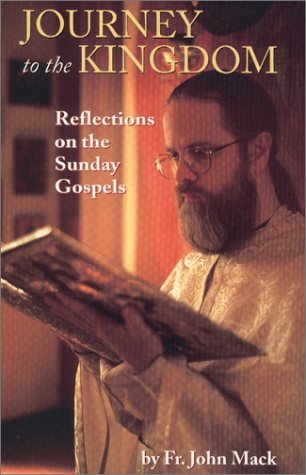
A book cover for Journey to the Kingdom: Reflections on the Sunday Gospels; Fr. John Mack; Christian Books & Bibles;